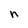
Character: h